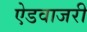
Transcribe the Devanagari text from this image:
ऐडवाजरी